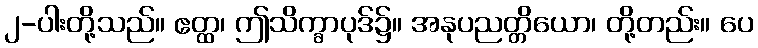
၂-ပါးတို့သည်။ ဧတ္ထ၊ ဤသိက္ခာပုဒ်၌။ အနုပညတ္တိယော၊ တို့တည်း။ ပေ